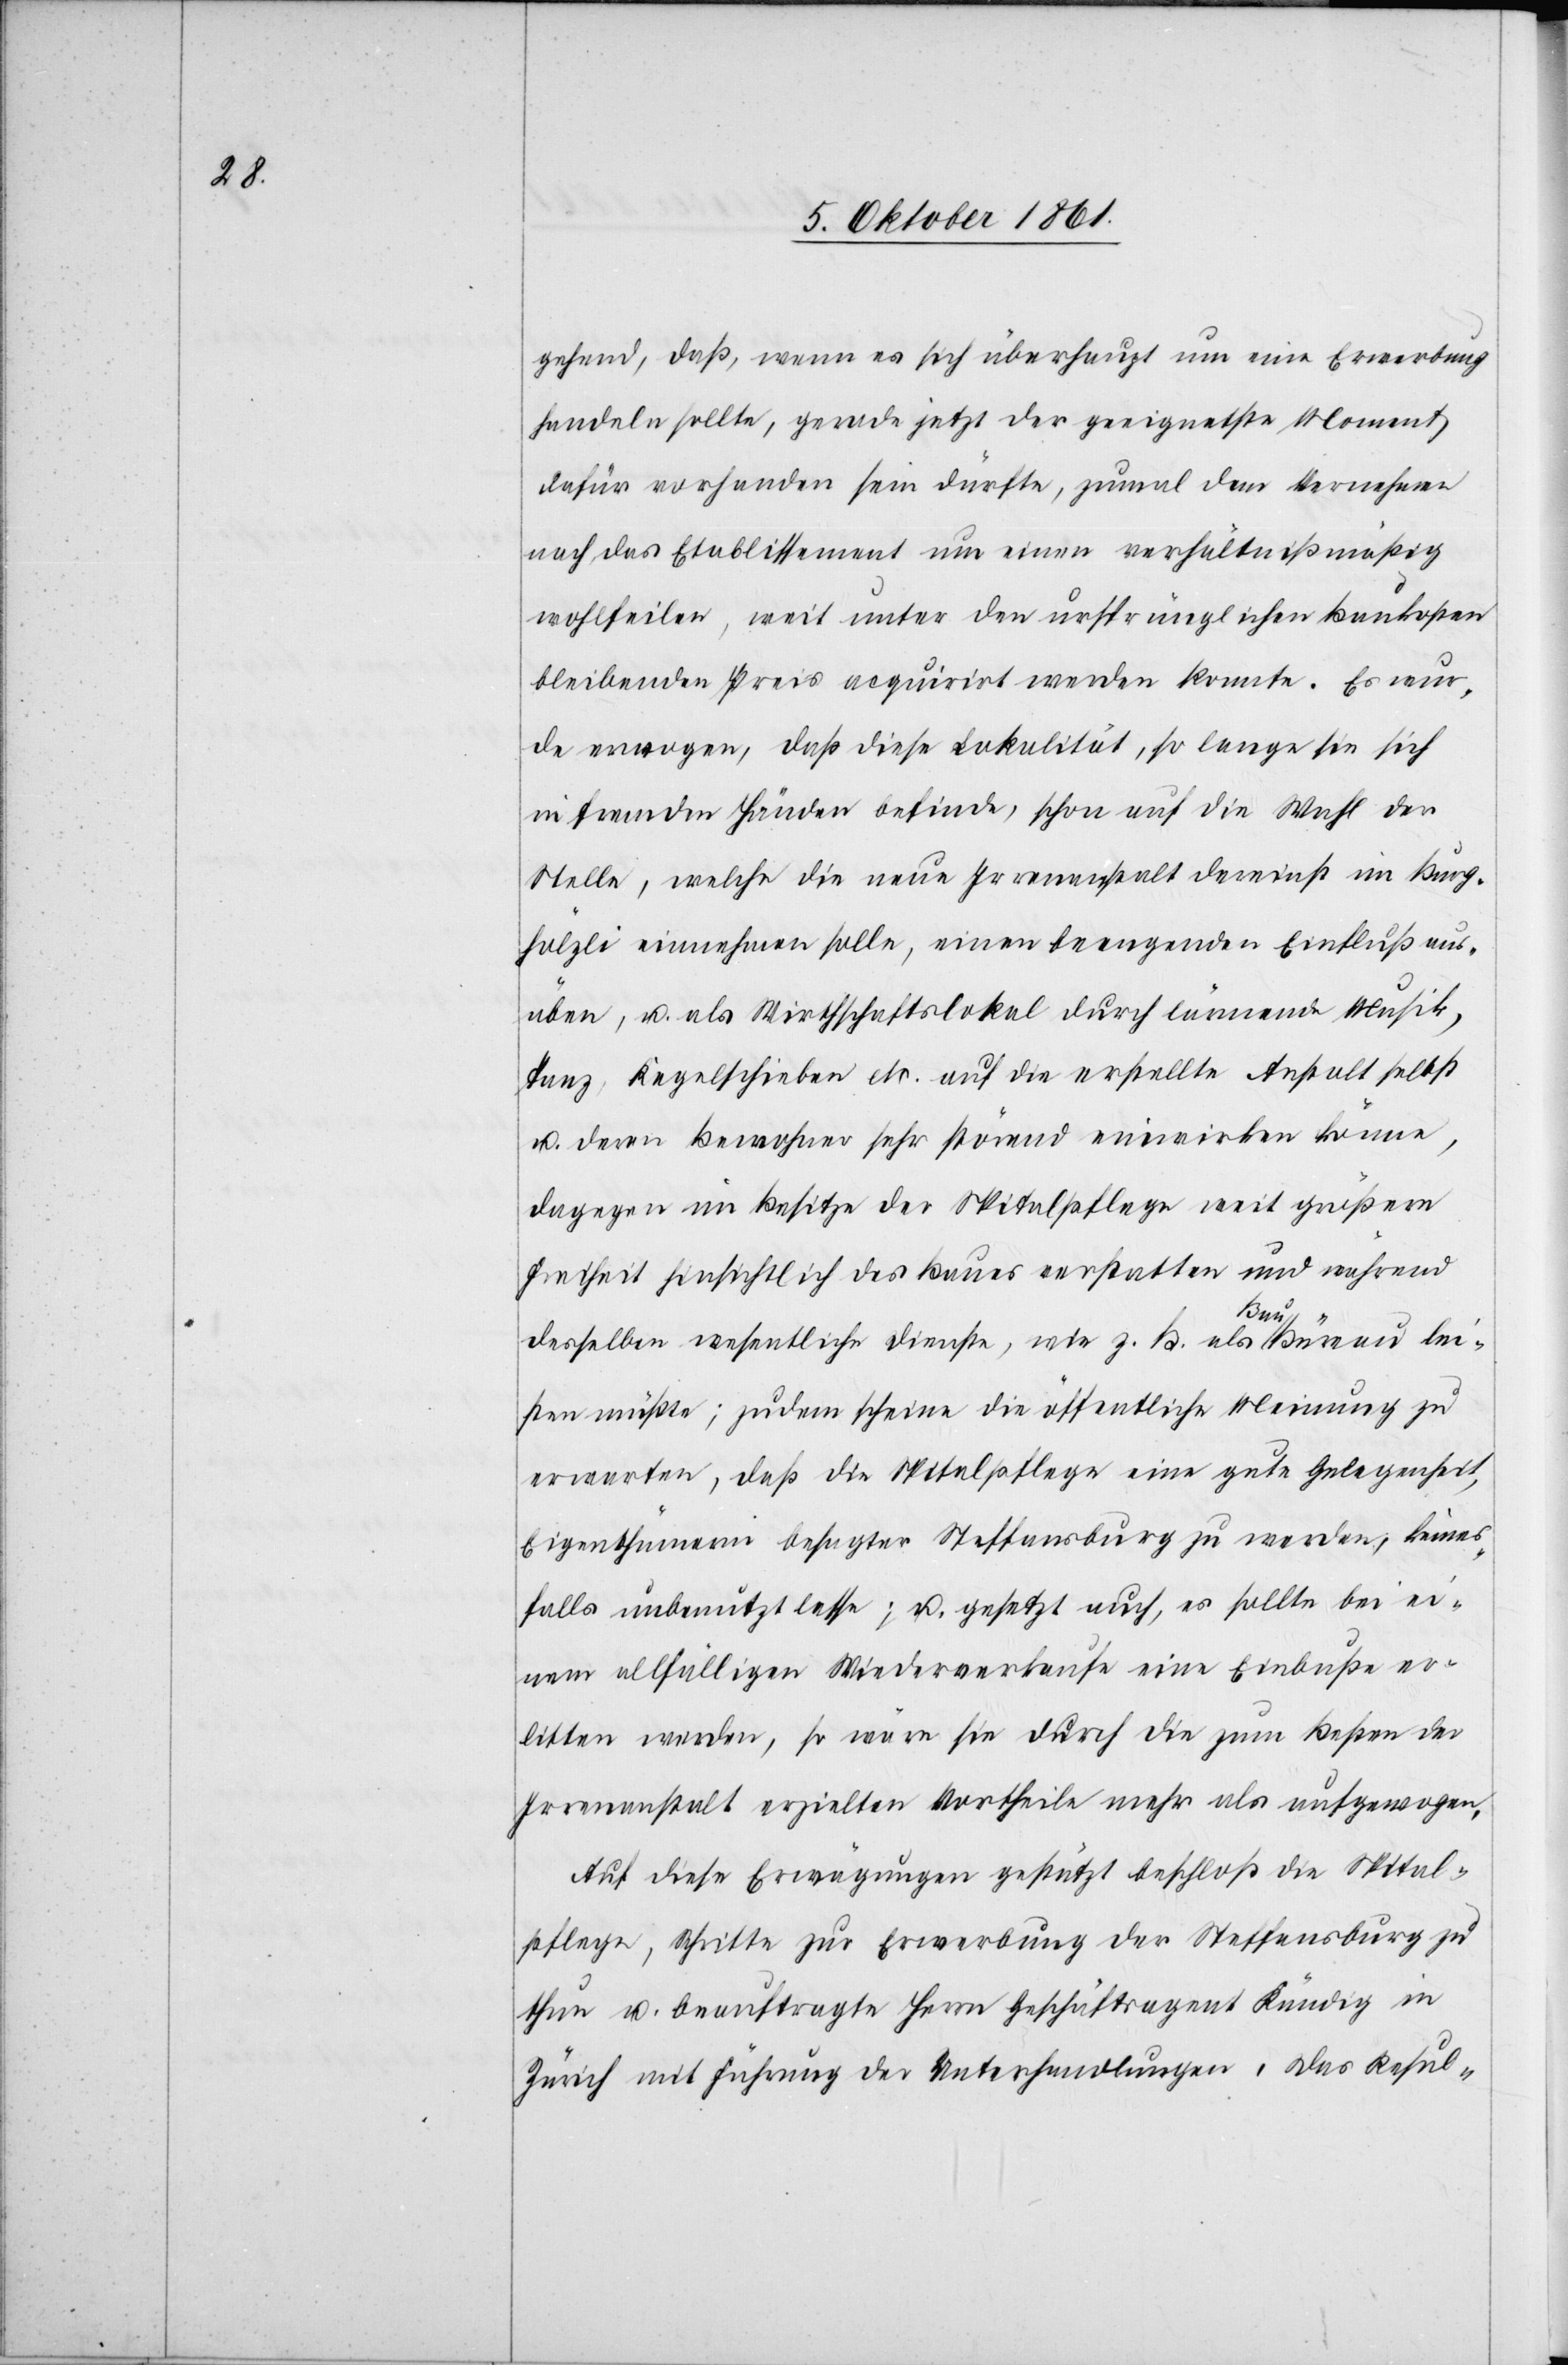
gehend, daß, wenn es sich überhaupt um eine Erwerbung
handeln sollte, gerade jetzt der geeignetste Moment
dafür vorhanden sein dürfte, zumal dem Vernehmen
nach das Etablissement um einen verhältnißmäßig
wohlfeilen, weit unter den ursprünglichen Baukosten
bleibenden Preis requirirt werden konnte. Es wur¬
de erwogen, daß diese Lokalität, so lange sie sich
in fremden Händen befinde, schon auf die Wahl der
Stelle, welche die neue Irrenanstalt dereinst im Burg¬
hölzli einnehmen solle, einen beengenden Einfluß aus¬
üben, u. als Wirthschaftslokal durch lärmende Musik,
Tanz, Kegelschieben etc. auf die erstellte Anstalt selbst
u. deren Bewohner sehr störend einwirken könne,
dagegen im Besitze der Spitalpflege weit größere
Freiheit hinsichtlich des Baues erstatten und während
desselben wesentliche Dienste, wie z. B. als Baubüreau lei¬
sten müßte, zudem scheine die öffentliche Meinung zu
erwarten, daß die Spitalpflege eine gute Gelegenheit,
Eigenthümerin besagter Steffansburg zu werden, keines¬
falls unbenutzt lasse; u. gesetzt auch, es sollte bei ei¬
nem allfälligen Wiederverkaufe eine Einbuße er¬
litten werden, so wäre sie durch die zum Besten der
Irrenanstalt erzielten Vortheile mehr als aufgewogen.
Auf diese Erwägungen gestützt beschloß die Spital¬
pflege, Schritte zur Erwerbung der Steffangsburg zu
thun u. beauftragte Herrn Geschäftsagent Kündig in
Zürich mit Führung der Unterhandlungen, das Resul-